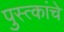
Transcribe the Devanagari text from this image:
पुस्त्कांचे